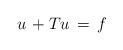
LaTeX: \begin{align*} u\,+Tu\,=\,f\end{align*}